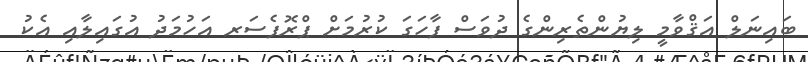
ބައިނަލް އަޤްވާމީ ލިޔުންތެރިންގެ ދުވަސް ފާހަގަ ކުރުމަށް ޕްރޮފެސަރ އަހުމަދު އުގައިލާއި އެކު